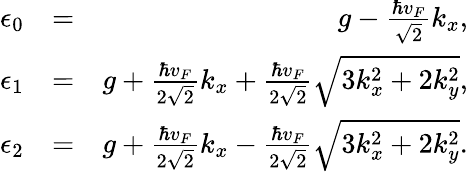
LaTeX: \begin{array}{rlr}{\epsilon_{0}}&{=}&{g-\frac{\hbar v_{F}}{\sqrt{2}}k_{x},}\\ {\epsilon_{1}}&{=}&{g+\frac{\hbar v_{F}}{2\sqrt{2}}k_{x}+\frac{\hbar v_{F}}{2\sqrt{2}}\sqrt{3k_{x}^{2}+2k_{y}^{2}},}\\ {\epsilon_{2}}&{=}&{g+\frac{\hbar v_{F}}{2\sqrt{2}}k_{x}-\frac{\hbar v_{F}}{2\sqrt{2}}\sqrt{3k_{x}^{2}+2k_{y}^{2}}.}\end{array}